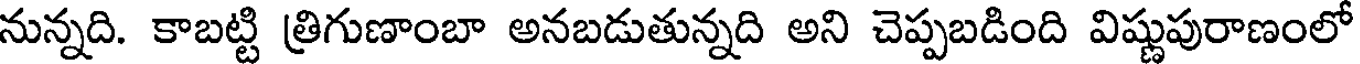
నున్నది. కాబట్టి త్రిగుణాంబా అనబడుతున్నది అని చెప్పబడింది విష్ణుపురాణంలో